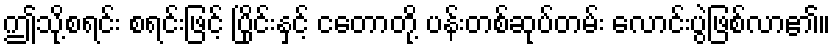
ဤသို့စရင်း စရင်းဖြင့် ပြိုင်းနှင့် ငတောတို့ ပန်းတစ်ဆုပ်တမ်း လောင်းပွဲဖြစ်လာ၏။